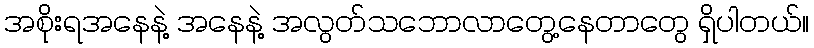
အစိုးရအနေနဲ့ အနေနဲ့ အလွတ်သဘောလာတွေ့နေတာတွေ ရှိပါတယ်။